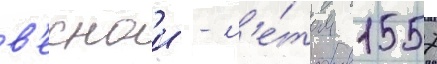
в'еснои - л'е́том 1557